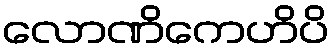
လောဏိကေဟိပိ